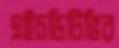
এইচডিটিভির